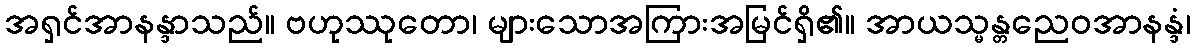
အရှင်အာနန္ဒာသည်။ ဗဟုဿုတော၊ များသောအကြားအမြင်ရှိ၏။ အာယသ္မန္တညေဝအာနန္ဒံ၊